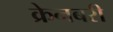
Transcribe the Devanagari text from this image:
क्रेनबरी